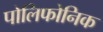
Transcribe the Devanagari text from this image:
पोलिफोनिक